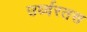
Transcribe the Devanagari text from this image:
उर्ध्वरतस